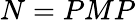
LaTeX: N=PMP